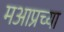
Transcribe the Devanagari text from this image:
मआप्रच्या